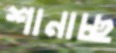
শানাচ্ছ